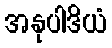
အနုပါဒိယံ